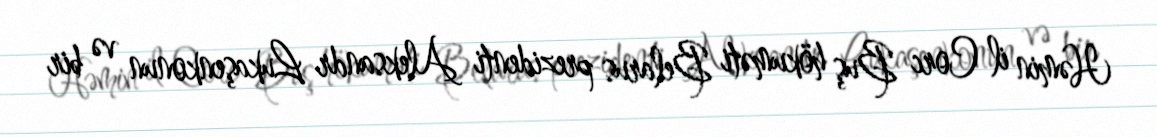
Həmin il Corc Buş hökuməti Belarus prezidenti Aleksandr Lukaşenkonun və bir